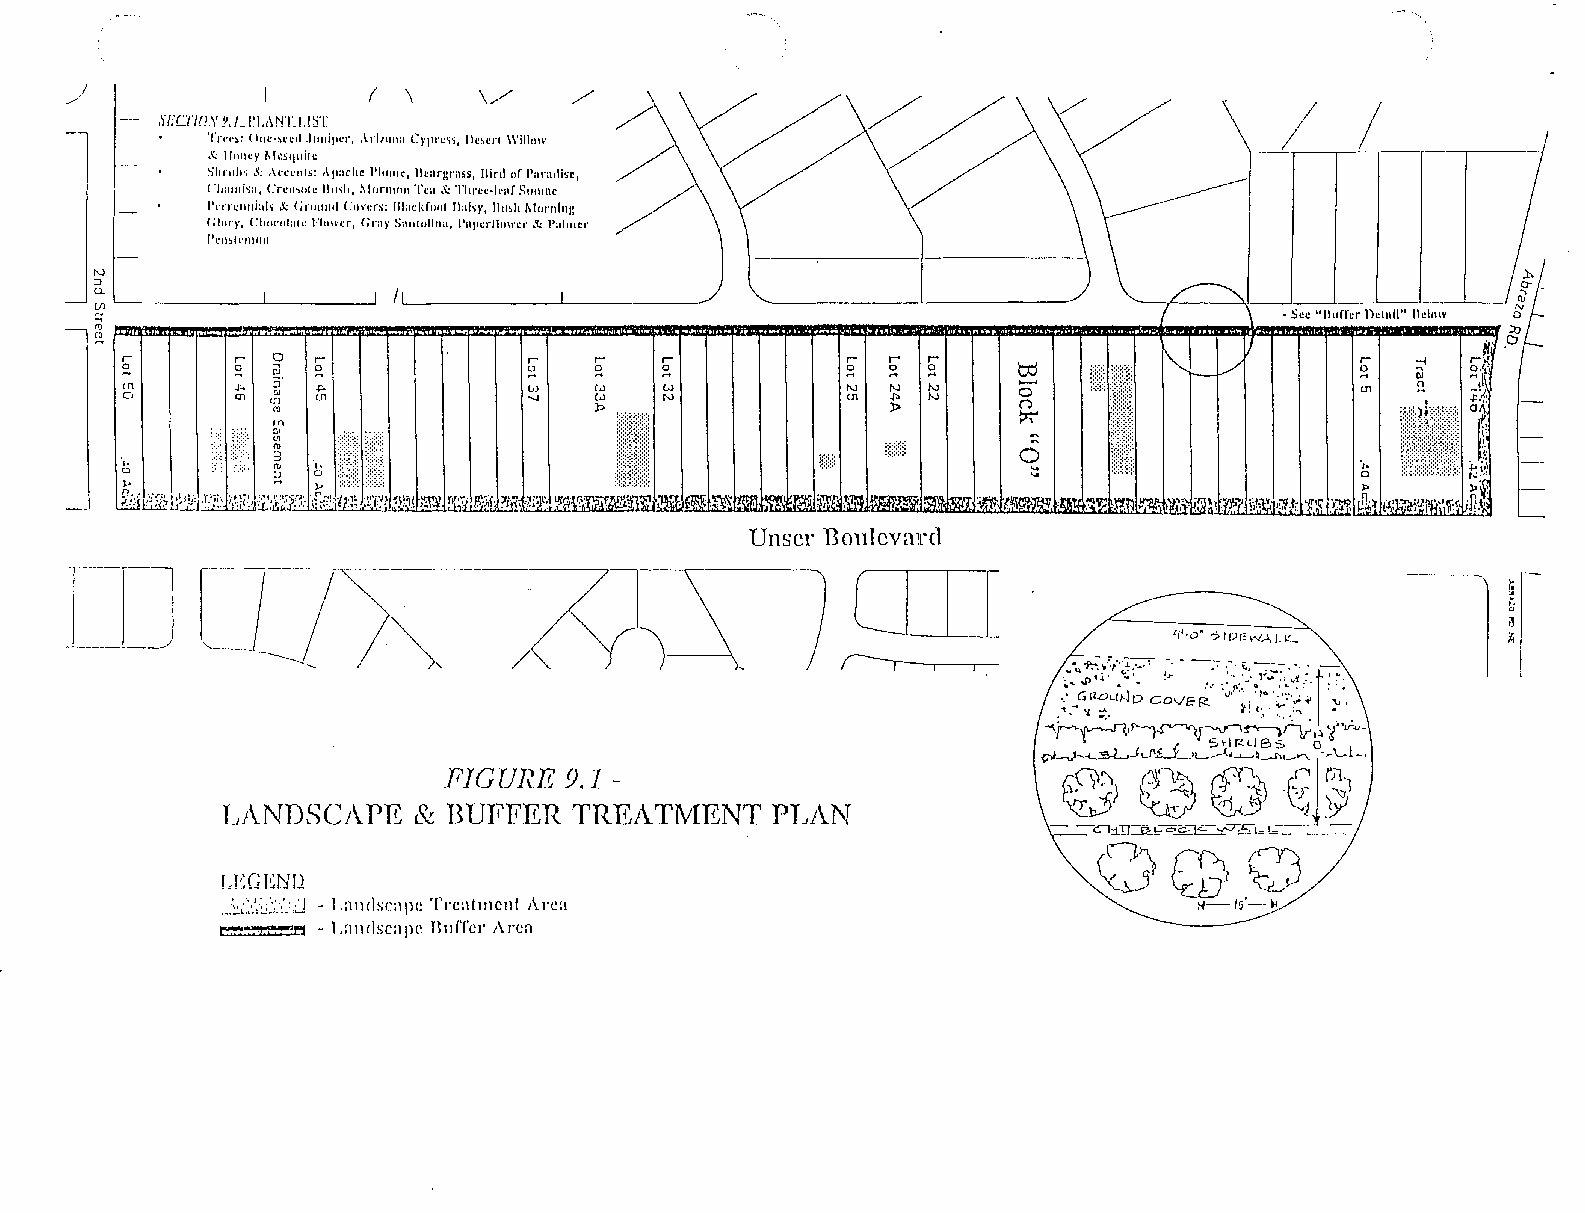
./1                 (  \    \/    /
 s!:"cno.Y 2,'-'~LMfLI.IJT                      ~                          II   /1
 .1',.....,:
 (Ille-~ccd Jllnlper, Arllllll:t C},Jlres~, lIestr( \\'illoll'
 S, IIolie)' 1I1~5qllilc
 Sllrll"~ .'i: ,\n:cllls: Apache "hlillC, IIcargrass, lIinl nr Paradise,
 ('hallli~a, erell\/Il C IlIhh, IIlllrlllllll Tea .& Three-leaf SIIIIlIIC
 J','rrellllla" & (;rllllllli CIIHrs: II laclifilII I Ilal~y, IItlSh IIlornli1l:
 (;1111")', Chllelilall: Flllwcr, (;nIY Saillolilla, I'apcrflllwcr .'!.: I'ahller
 l'emlcllIlill
 1-,)
 ::J
 a..
 til                                                                            -Scc "lIl1ffer ))elllil" lIelllW
 C1l
 CD
 r ~ 0I n ;r , 0r : " ) '~ r : C0OJ 1i J l ' \~ ;\ ;r w W: ~r Nw ~r N U 1 r ~ N :.p t >o . r ~ 1N -. ) ~ 0 ( j I ! ll(l\[\ r o U l - @ ~l
 hi                   ~ .1~~1!1                    ~
 a1 ­      Vr =o =I l                          mll:~: m1;l~11~ 0
 '"
 P.'
 Unser nOlllcvard
 r-_'_-] 1, ____I __ _                J -   n        OJJ                                        ..
 /-/~   ~
 ~
 i3
 '/"0' ? I [)E I"IA J.~::"" ~
 -~----          .........                           r--r---.----.­
 ,::;{p~~~::,' !~ :':~~'\l;;-':I:'~'~'r:~
 -
 .: GIlDLII--lo COVEI~" '.,. ,'" ' t:I ,C . .':": .' ;~ "'' -", ',.., ',
 0 1 '.... 'l -;-. ~! ~~
 ....,~~'~~~~~,~'t.;.u-
 , t '  _ I. 5 H IZ LI B S 0
 0~1~LJ'<,..._L-'1__.--.t...-,-,~_.....I'\L.-"'- -rL.l~
 FIG[JRE 9.1 ­                            §0~  0~   (0~  .r~;.j r~1
 ~)~~~1Y
 Ll\NDSCA.PE  & BUFFER  TREA.TlVIENT PI.JAN
 - -Cl:1.~!:-oc-~Ek.L-~
 0CdV
 LEGEND
 ,_:~~:/,~:~~:':"J - Landscape Trcatment ,hc:!                   14-/<j'-~
 M"!'~fl - Lnlldsc:lpe HlltTer Aren